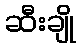
ဆီးချို